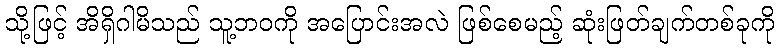
သို့ဖြင့် အိရှိဂါမိသည် သူ့ဘဝကို အပြောင်းအလဲ ဖြစ်စေမည့် ဆုံးဖြတ်ချက်တစ်ခုကို